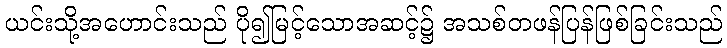
ယင်းသို့အဟောင်းသည် ပို၍မြင့်သောအဆင့်၌ အသစ်တဖန်ပြန်ဖြစ်ခြင်းသည်